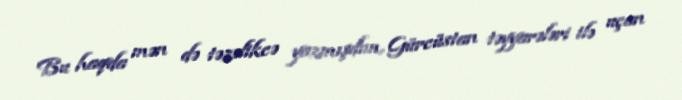
Bu haqda mən də təzəlikcə yazmışdım, Gürcüstan təyyarələri ilə uçan